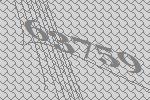
63759